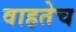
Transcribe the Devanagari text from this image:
वाहतेच